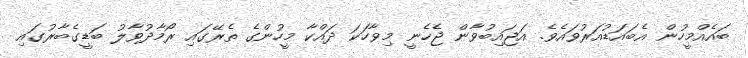
ބައެއްމީހުން އެބައަޑުއަރުވައެވެ. އަޖައިބުވާން ޖެހެނީ މިވާހަކަ ދައްކާ މީހުންގެ ތެރޭގައި ރޯމާދުވާލު ބަޑީގެބާރުގައި